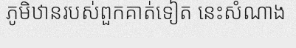
ភូមិឋានរបស់ពួកគាត់ទៀត នេះសំណាង